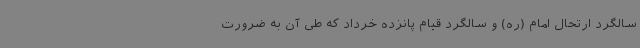
سالگرد ارتحال امام (ره) و سالگرد قیام پانزده خرداد که طی آن به ضرورت